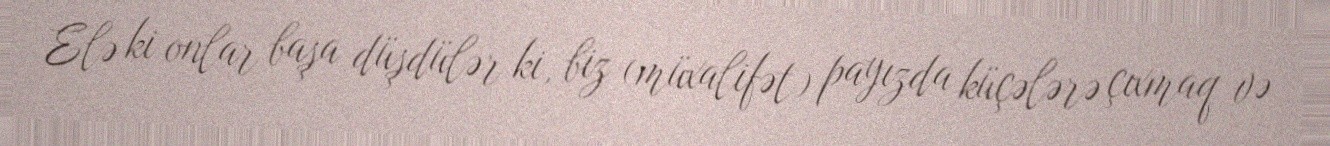
Elə ki onlar başa düşdülər ki, biz (müxalifət) payızda küçələrə çıxmaq və